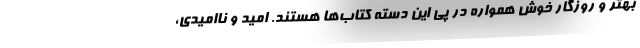
بهتر و روزگار خوش همواره در پی این دسته کتاب‌ها هستند. امید و ناامیدی،